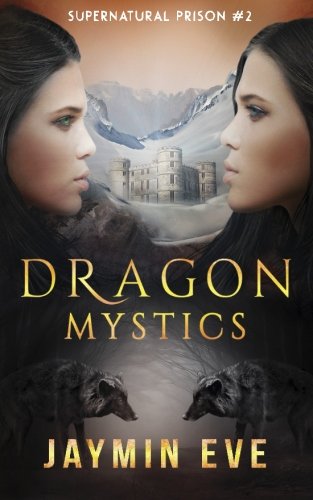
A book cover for Dragon Mystics: Supernatural Prison #2 (Volume 2); Jaymin Eve; Science Fiction & Fantasy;